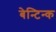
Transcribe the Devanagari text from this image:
बेन्टिन्क